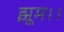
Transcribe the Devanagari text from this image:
झूम।।